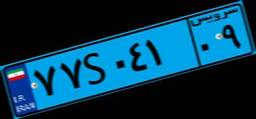
۸۹S۴۱۶۰۹